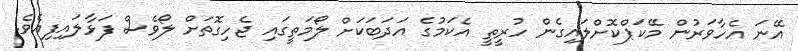
އޭނަ އެހާވަރުން މޭކަޕްކޮށްލައިގެން ހުރީތީ އެކަމުގެ އަދަބަކަށް ލޯމަތީގައި ޖެހިގޮތަށް ލޯވެސް ފަޅާލައިފިއެވެ.